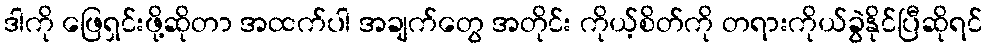
ဒါကို ဖြေရှင်းဖို့ဆိုတာ အထက်ပါ အချက်တွေ အတိုင်း ကိုယ့်စိတ်ကို တရားကိုယ်ခွဲနိုင်ပြီဆိုရင်